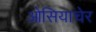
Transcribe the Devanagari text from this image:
ओसियाचेर